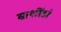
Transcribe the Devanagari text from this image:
वाशींडां